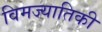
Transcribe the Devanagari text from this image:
विमज्यातिकी